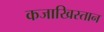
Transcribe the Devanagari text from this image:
कजाखिस्तान